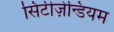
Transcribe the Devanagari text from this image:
सिटीज़ेन्डियम